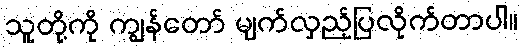
သူတို့ကို ကျွန်တော် မျက်လှည့်ပြလိုက်တာပါ။